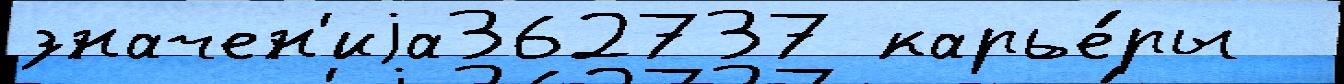
значен'иjа362737 карье́ры